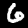
Label: 6